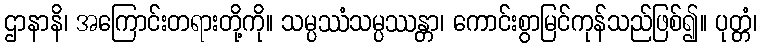
ဌာနာနိ၊ အကြောင်းတရားတို့ကို။ သမ္ပဿံသမ္ပဿန္တာ၊ ကောင်းစွာမြင်ကုန်သည်ဖြစ်၍။ ပုတ္တံ၊